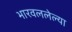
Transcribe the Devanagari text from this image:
भारवललेल्या